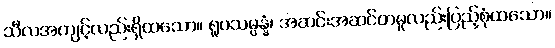
သီလအကျင့်လည်းရှိထသော။ ရူပသမ္ပန္နံ၊ အဆင်းအဆင်တမူလည်းပြည့်စုံထသော။